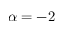
\alpha = - 2